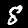
Label: 8